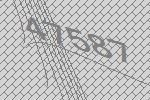
47587